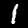
Digit: 1